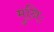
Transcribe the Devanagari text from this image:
मुनिः